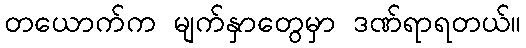
တယောက်က မျက်နှာတွေမှာ ဒဏ်ရာရတယ်။